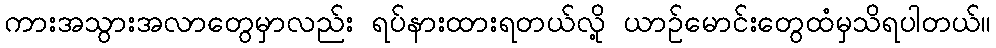
ကားအသွားအလာတွေမှာလည်း ရပ်နားထားရတယ်လို့ ယာဥ်မောင်းတွေထံမှသိရပါတယ်။